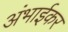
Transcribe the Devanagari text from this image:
अंभाईकर